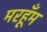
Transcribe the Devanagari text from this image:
मरहूँम